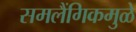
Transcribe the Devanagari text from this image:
समलैंगिकमुळे